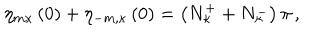
LaTeX: \eta _ { m \kappa } \left( 0 \right) + \eta _ { - m , \kappa } \left( 0 \right) = \left( N _ { \kappa } ^ { + } + N _ { \kappa } ^ { - } \right) \pi \, ,